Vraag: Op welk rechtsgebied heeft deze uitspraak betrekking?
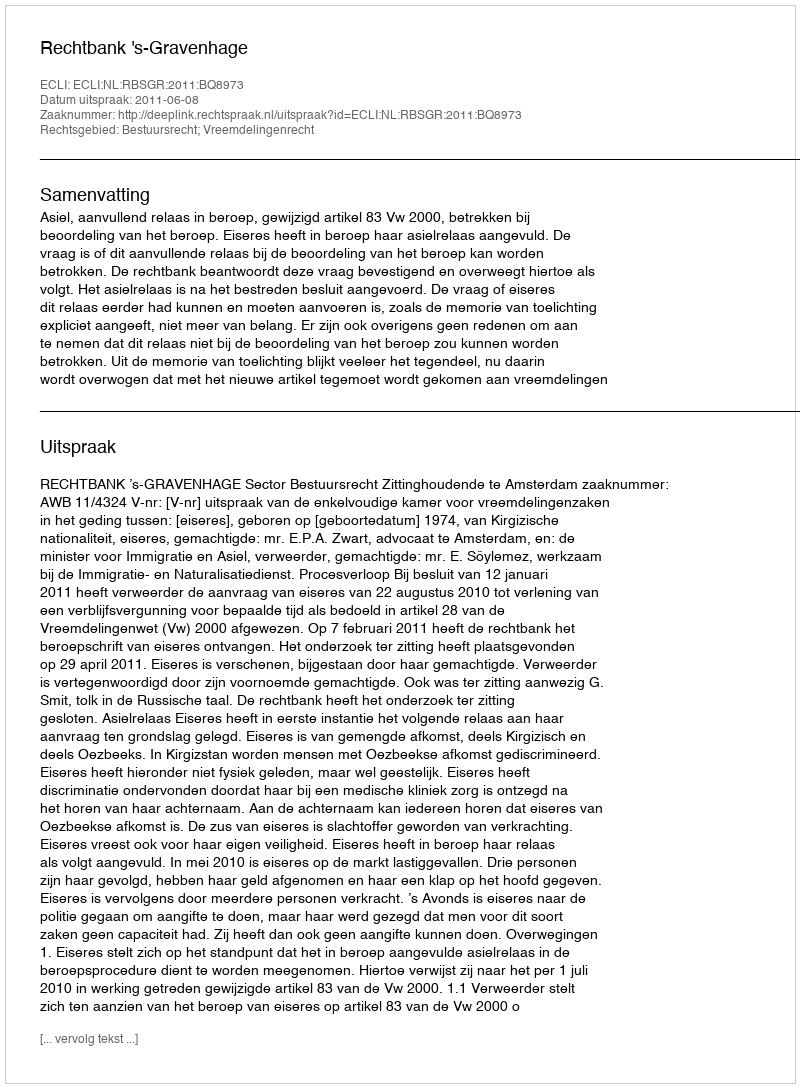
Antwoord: Bestuursrecht; Vreemdelingenrecht